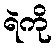
ရဲကို